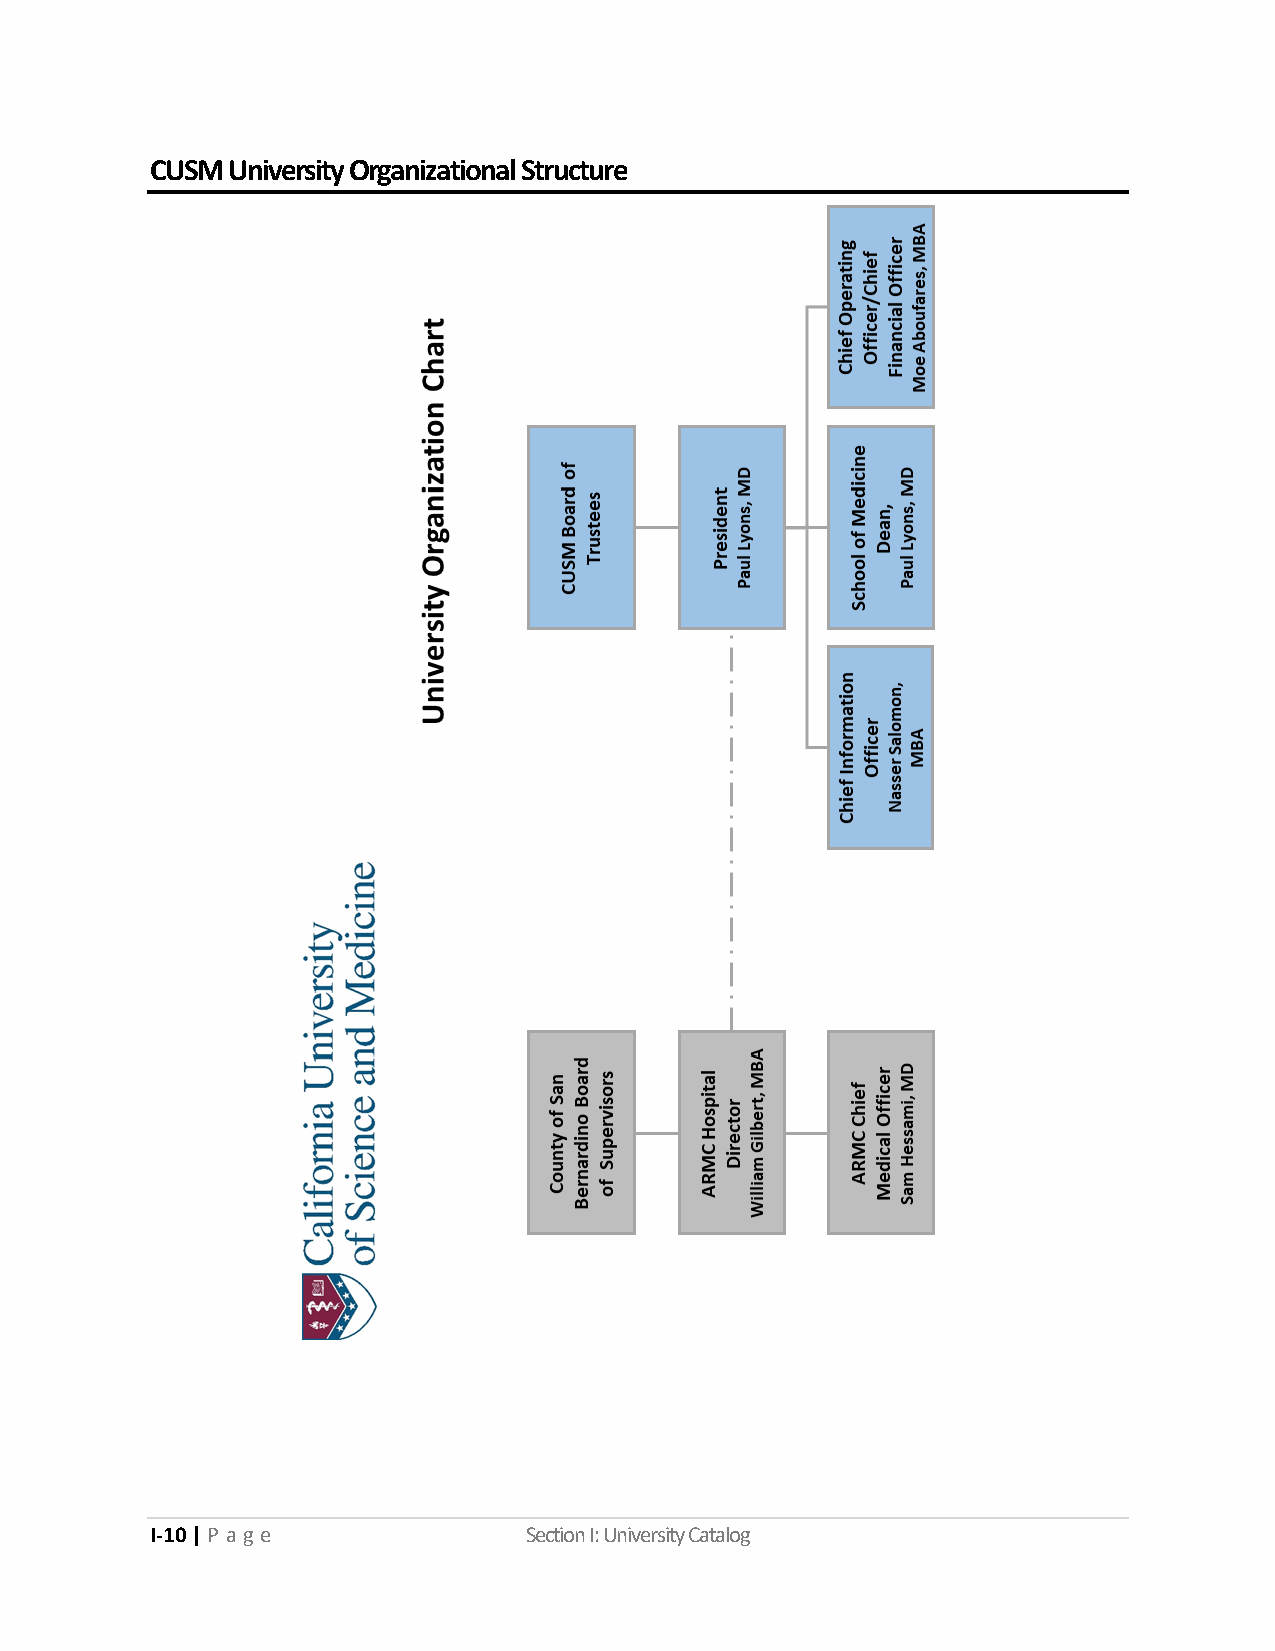
CUSM University Organizational Structure
 I-10 | P a ge            Section I: University Catalog